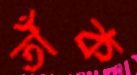
তাঁক